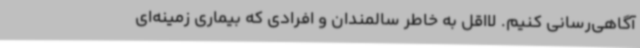
آگاهی‌رسانی کنیم. لااقل به خاطر سالمندان و افرادی که بیماری زمینه‌ای